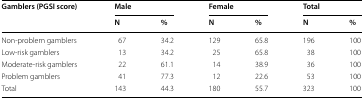
| <ROWSPAN=2> Gamblers (PGSI score) | <COLSPAN=2> Male | <COLSPAN=2> Female | <COLSPAN=2> Total |
 | N | % | N | % | N | % |
 | --- | --- | --- | --- | --- | --- | --- |
 | Non-problem gamblers | 67 | 34.2 | 129 | 65.8 | 196 | 100 |
 | Low-risk gamblers | 13 | 34.2 | 25 | 65.8 | 38 | 100 |
 | Moderate-risk gamblers | 22 | 61.1 | 14 | 38.9 | 36 | 100 |
 | Problem gamblers | 41 | 77.3 | 12 | 22.6 | 53 | 100 |
 | Total | 143 | 44.3 | 180 | 55.7 | 323 | 100 |